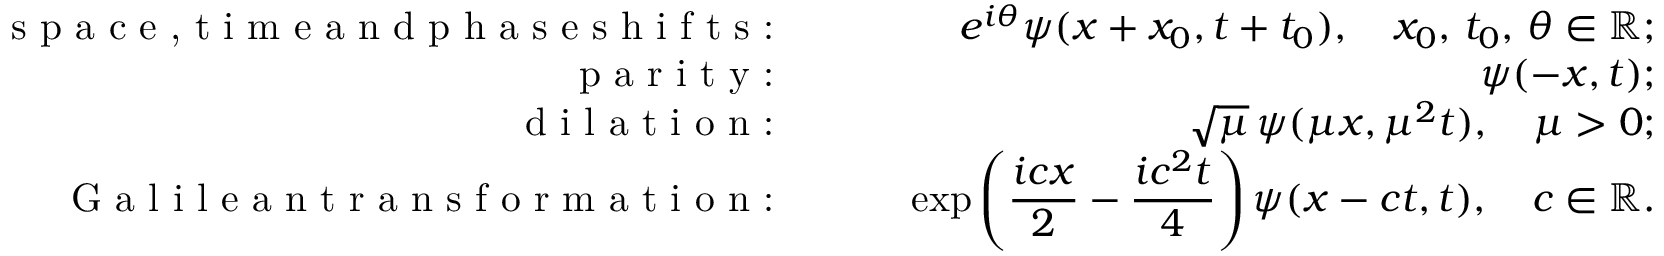
\begin{array} { r l r } { \textrm { s p a c e , t i m e a n d p h a s e s h i f t s : } \quad } & { } & { e ^ { i \theta } \psi ( x + x _ { 0 } , t + t _ { 0 } ) , \quad x _ { 0 } , \, t _ { 0 } , \, \theta \in \mathbb { R } ; } \\ { \textrm { p a r i t y : } \quad } & { } & { \psi ( - x , t ) ; } \\ { \textrm { d i l a t i o n : } \quad } & { } & { \sqrt { \mu } \, \psi ( \mu x , \mu ^ { 2 } t ) , \quad \mu > 0 ; } \\ { \textrm { G a l i l e a n t r a n s f o r m a t i o n : } \quad } & { } & { \displaystyle \exp \left( \frac { i c x } { 2 } - \frac { i c ^ { 2 } t } { 4 } \right) \psi ( x - c t , t ) , \quad c \in \mathbb { R } . } \end{array}